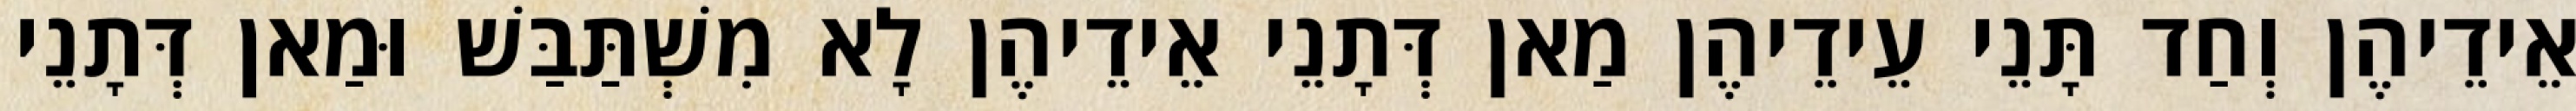
אֵידֵיהֶן וְחַד תָּנֵי עֵידֵיהֶן מַאן דְּתָנֵי אֵידֵיהֶן לָא מִשְׁתַּבַּשׁ וּמַאן דְּתָנֵי